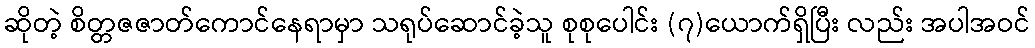
ဆိုတဲ့ စိတ္တဇဇာတ်ကောင်နေရာမှာ သရုပ်ဆောင်ခဲ့သူ စုစုပေါင်း (၇)ယောက်ရှိပြီး လည်း အပါအဝင်